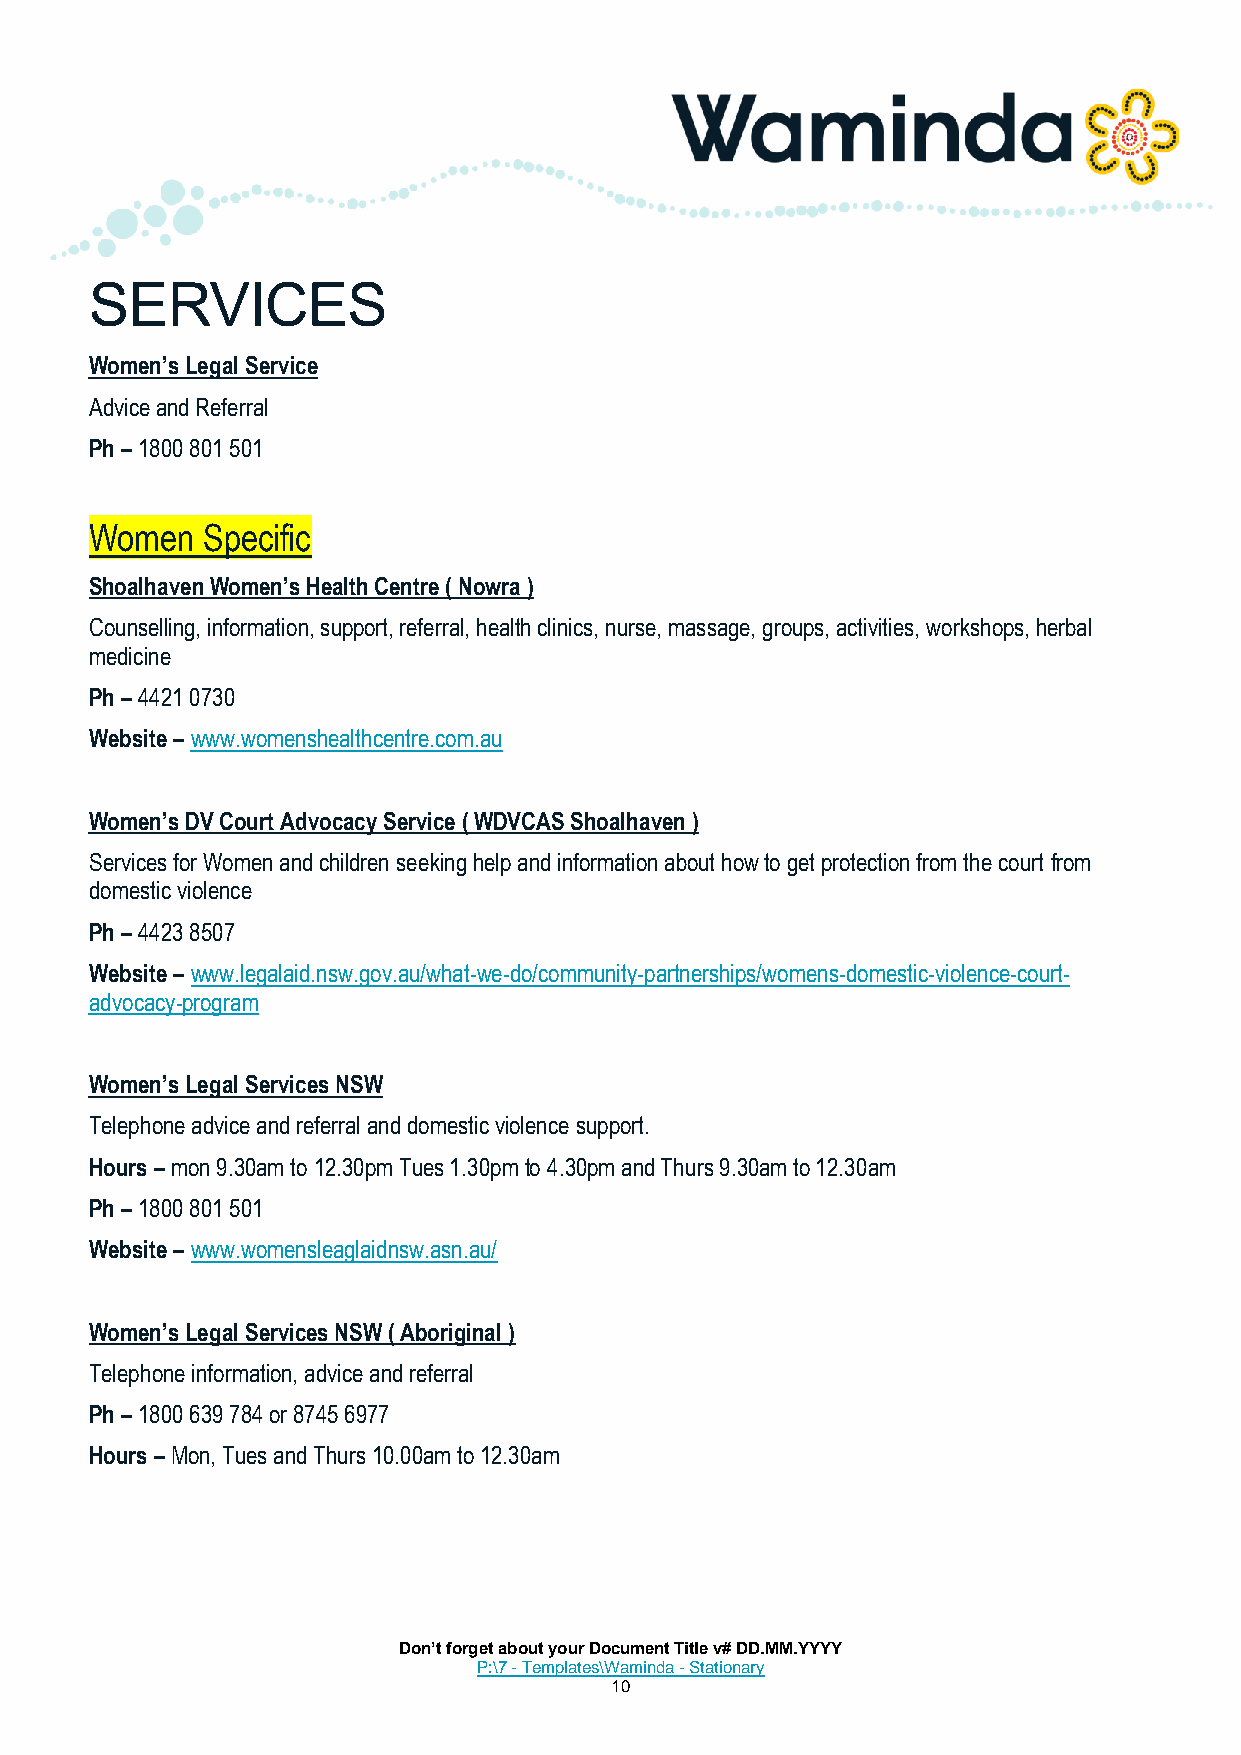
SERVICES
 Women’s Legal Service
 Advice and Referral
 Ph – 1800 801 501
 Women  Specific
 Shoalhaven Women’s Health Centre ( Nowra )
 Counselling, information, support, referral, health clinics, nurse, massage, groups, activities, workshops, herbal
 medicine
 Ph – 4421 0730
 Website – www.womenshealthcentre.com.au
 Women’s DV Court Advocacy Service ( WDVCAS Shoalhaven )
 Services for Women and children seeking help and information about how to get protection from the court from
 domestic violence
 Ph – 4423 8507
 Website – www.legalaid.nsw.gov.au/what-we-do/community-partnerships/womens-domestic-violence-court-
 advocacy-program
 Women’s Legal Services NSW
 Telephone advice and referral and domestic violence support.
 Hours – mon 9.30am to 12.30pm Tues 1.30pm to 4.30pm and Thurs 9.30am to 12.30am
 Ph – 1800 801 501
 Website – www.womensleaglaidnsw.asn.au/
 Women’s Legal Services NSW ( Aboriginal )
 Telephone information, advice and referral
 Ph – 1800 639 784 or 8745 6977
 Hours – Mon, Tues and Thurs 10.00am to 12.30am
 Don’t forget about your Document Title v# DD.MM.YYYY
 P:\7 - Templates\Waminda - Stationary
 10